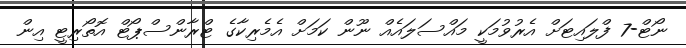
ނޯޓް-7 ފްލައިޓަށް އެރުވުމަކީ މައްސަލައެއް ނޫން ކަމަށް އެމެރިކާގެ ޓްރާންސްޕޯޓް އޮތޯރިޓީ އިން